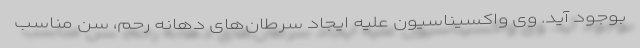
بوجود آید. وی واکسیناسیون علیه ایجاد سرطان‌های دهانه رحم، سن مناسب